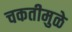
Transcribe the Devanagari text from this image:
चकतीमुळे